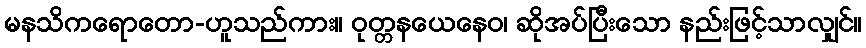
မနသိကရောတော-ဟူသည်ကား။ ဝုတ္တနယေနေဝ၊ ဆိုအပ်ပြီးသော နည်းဖြင့်သာလျှင်။